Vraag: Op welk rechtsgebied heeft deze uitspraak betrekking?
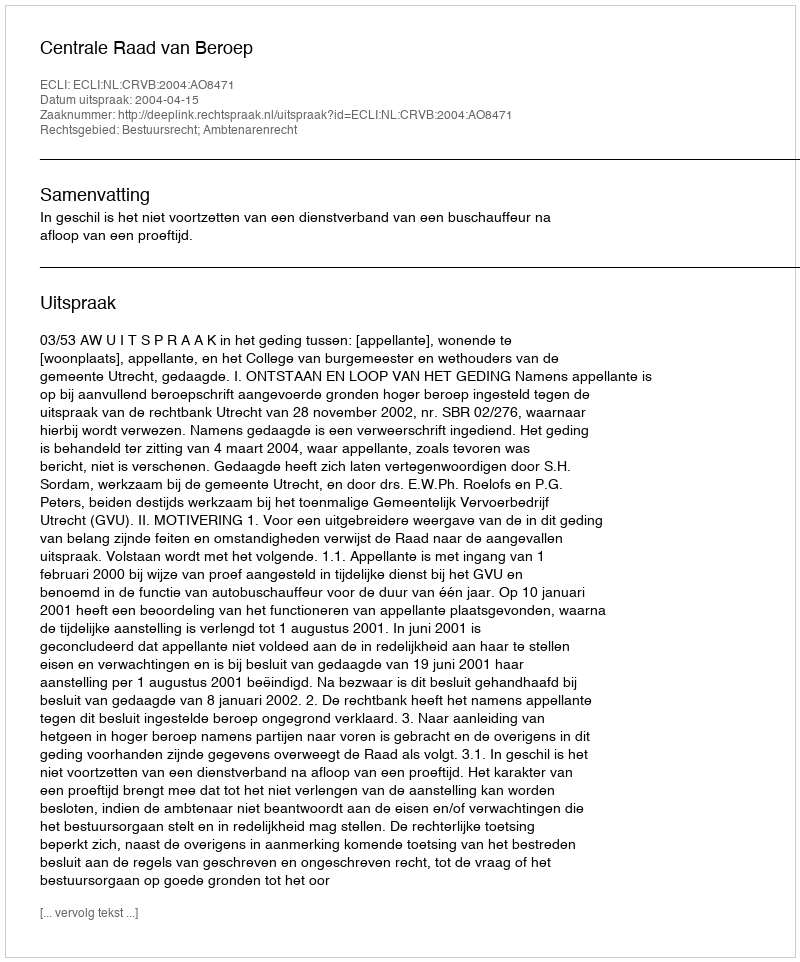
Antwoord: Bestuursrecht; Ambtenarenrecht